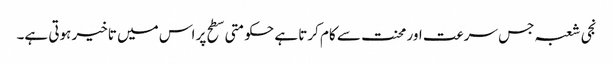
نجی شعبہ جس سرعت اور محنت سے کام کرتا ہے حکومتی سطح پر اس میں تاخیر ہوتی ہے۔